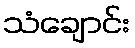
သံချောင်း